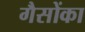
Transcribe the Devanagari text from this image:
गैसोंका